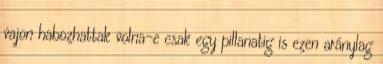
vajon habozhattak volna-e csak egy pillanatig is ezen aránylag